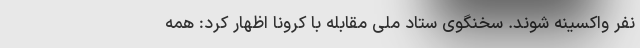
نفر واکسینه شوند. سخنگوی ستاد ملی مقابله با کرونا اظهار کرد: همه